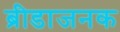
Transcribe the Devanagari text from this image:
ब्रीडाजनक